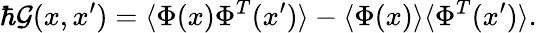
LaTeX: \hbar\mathcal{G}(x,x^{\prime})=\langle\Phi(x)\Phi^{T}(x^{\prime})\rangle-\langle\Phi(x)\rangle\langle\Phi^{T}(x^{\prime})\rangle.